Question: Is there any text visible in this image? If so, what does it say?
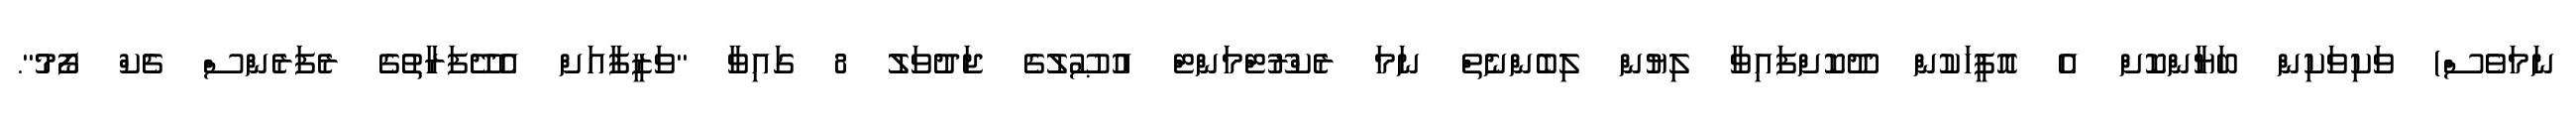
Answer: ނަމަވެސް) ވަކިވަކިން ބަޔާންކޮށް އެ އޮފީހަކުން ދޫކޮށްފައިވާ ލިޔުން ލިބެންނެތް ނަމަ ރެކްރޫޓްމަންޓް އުޞޫލުގެ ޖަދުވަލު 8 ގައިވާ "ވަޒީފާއަށް އެދޭފަރާތުގެ ރެފަރެންސް ޗެކް ފޯމު".